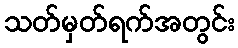
သတ်မှတ်ရက်အတွင်း